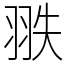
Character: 翐